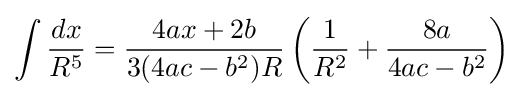
\int {\frac {dx}{R^{5}}}={\frac {4ax+2b}{3(4ac-b^{2})R}}\left({\frac {1}{R^{2}}}+{\frac {8a}{4ac-b^{2}}}\right)